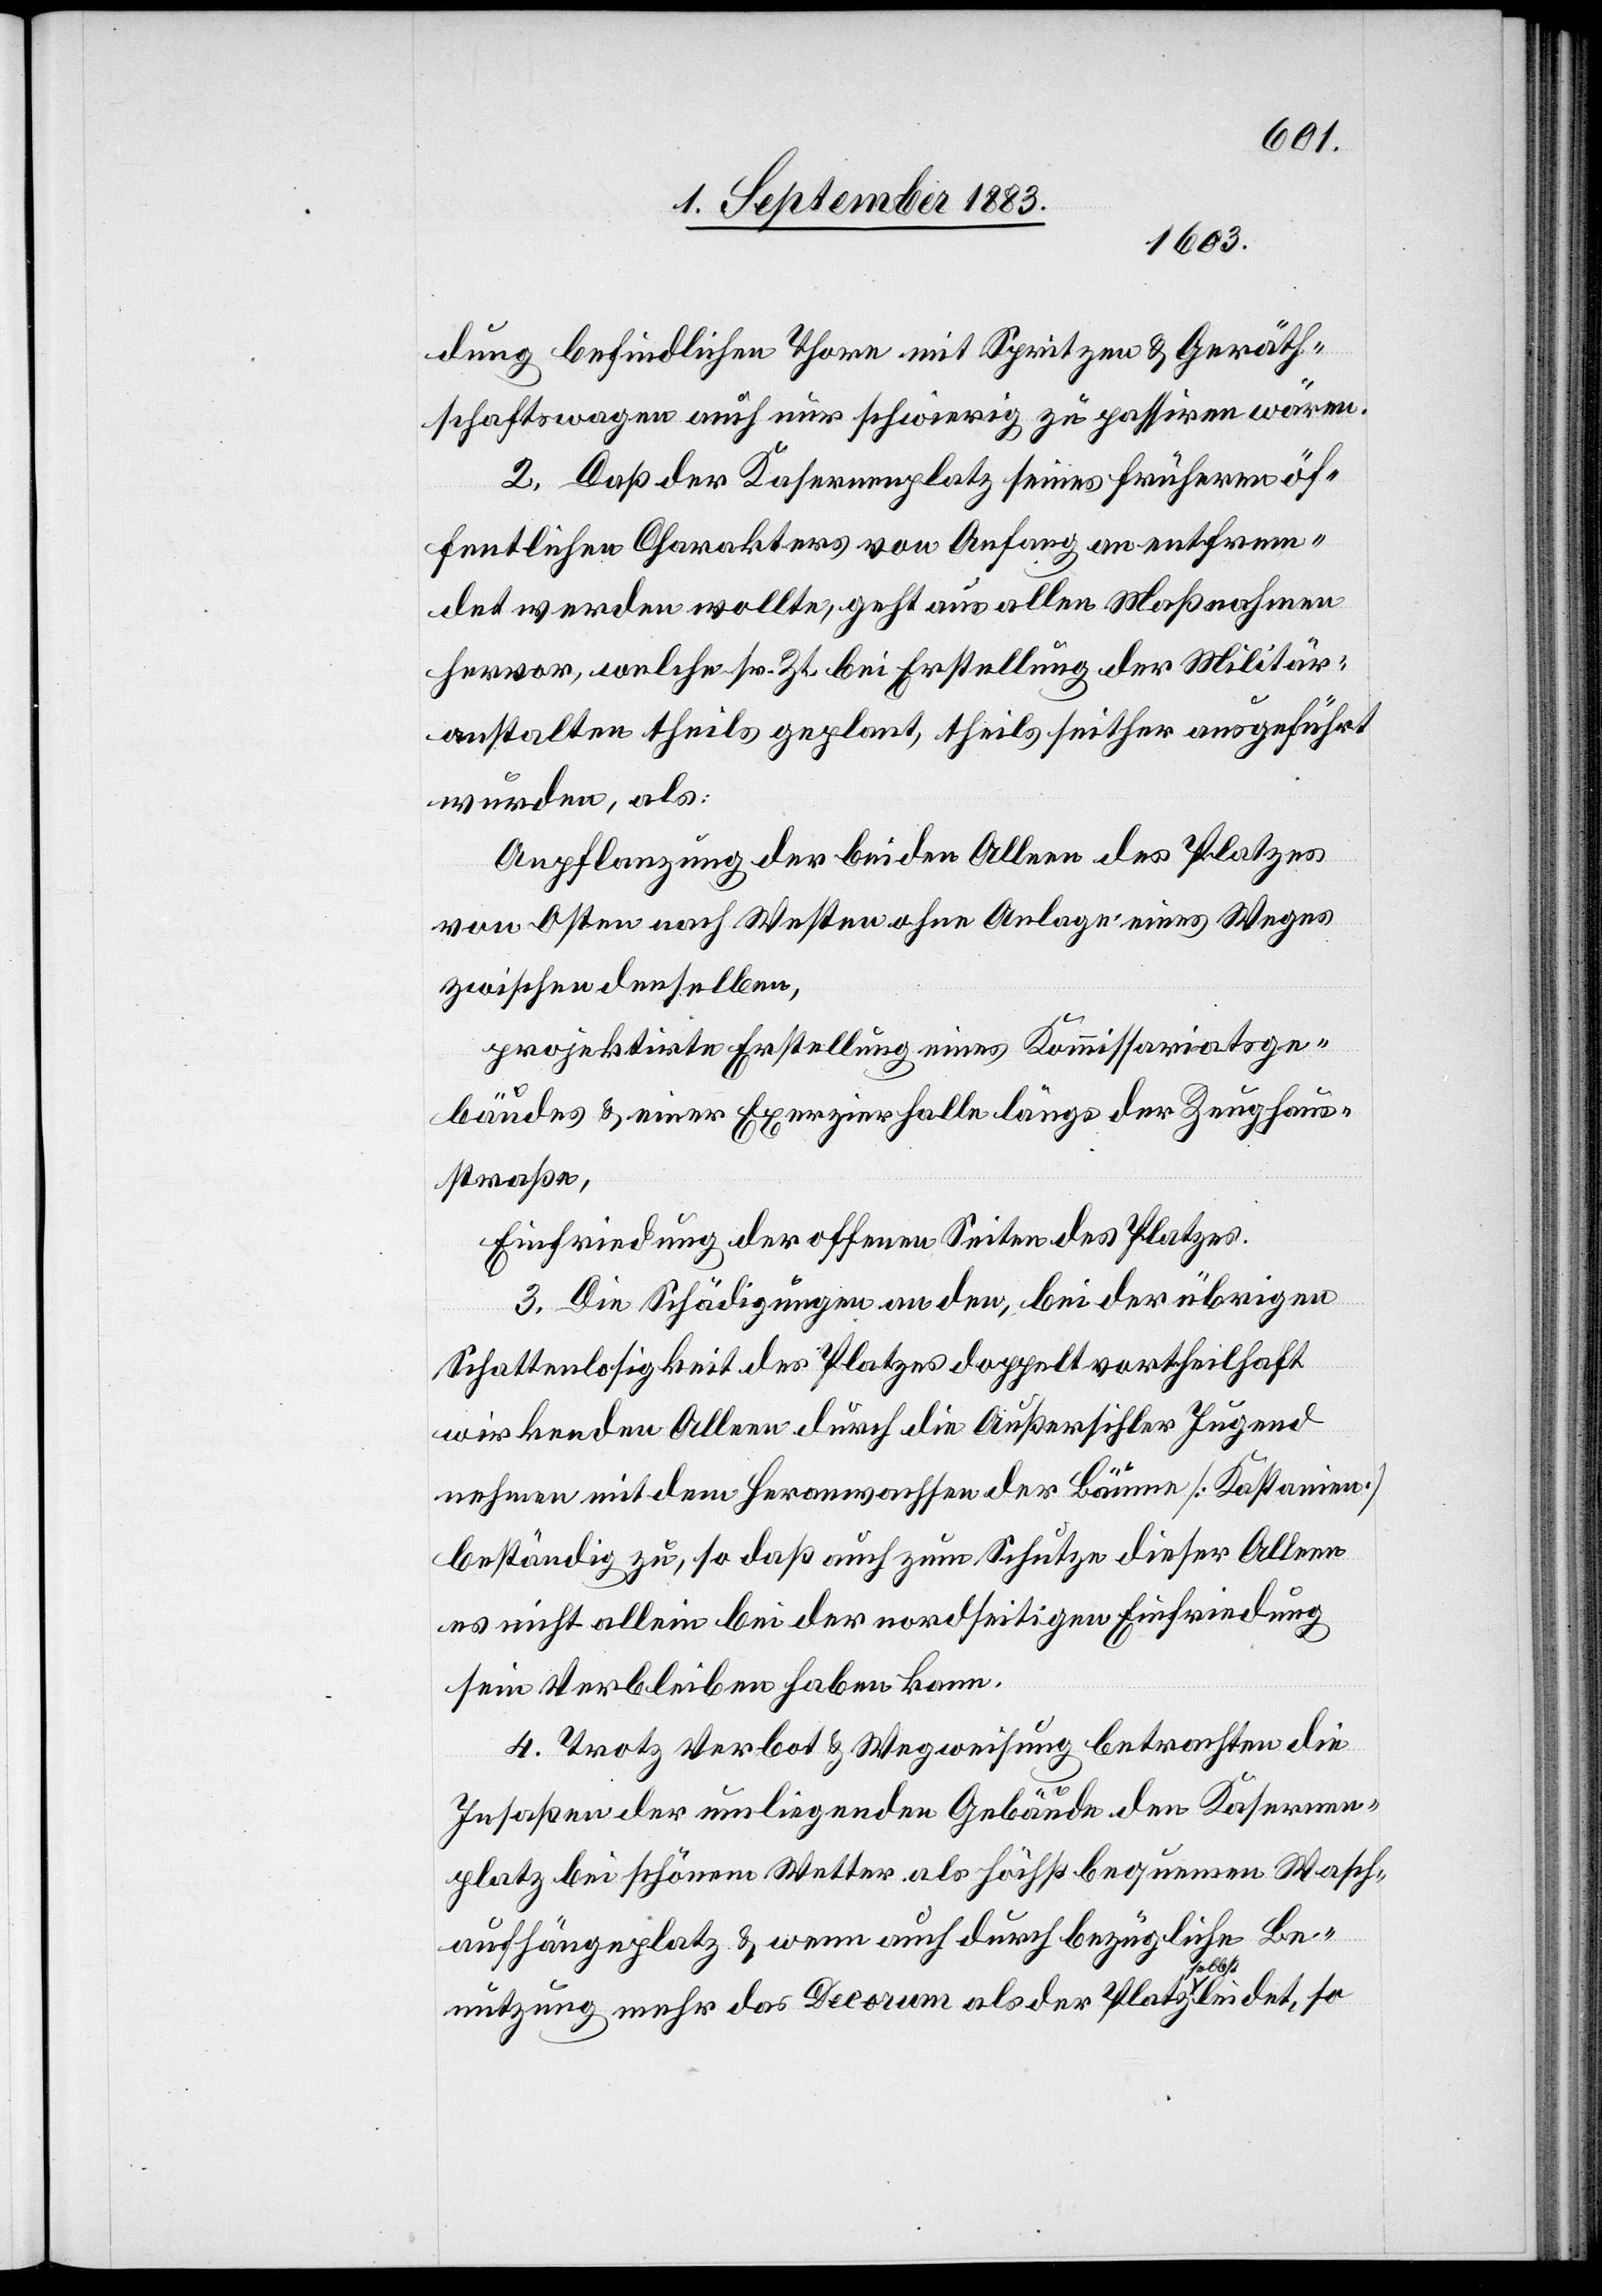
dung befindlichen Thore mit Spritzen & Geräth¬
schaftswagen auch nur schwierig zu passiren wären.
2. Daß der Kasernenplatz seines früheren öf¬
fentlichen Charakters von Anfang an entfrem¬
det werden wollte, geht aus allen Maßnahmen
hervor, welche sr. Zt. bei Erstellung der Militär¬
anstalten theils geplant, theils seither ausgeführt
wurden, als:
Anpflanzung der beiden Alleen des Platzes
von Osten nach Westen ohne Anlage eines Weges
zwischen denselben,
projektirte Erstellung eines Kommissariatsge¬
bäudes & einer Exerzierhalle längs der Zeughaus¬
straße,
Einfriedung der offenen Seiten des Platzes.
3. Die Schädigungen an den, bei der übrigen
Schattenlosigkeit des Platzes doppelt vortheilhaft
wirkenden Alleen durch die Außersihler Jugend
nahmen mit dem Heranwachsen der Bäume [Kastanien]
beständig zu, so daß auch zum Schutze dieser Alleen
es nicht allein bei der nordseitigen Einfriedung
sein Verbleiben haben kann.
4. Trotz Verbot & Wegweisung betrachten die
Insaßen der umliegenden Gebäude den Kasernen¬
platz bei schönem Wetter als höchst bequemen Wasch¬
aufhängplatz & wenn auch durch bezügliche Be¬
nutzung mehr das Decorum der Platz selbst leidet, so